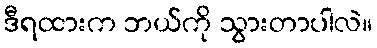
ဒီရထားက ဘယ်ကို သွားတာပါလဲ။